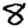
Digit: 8